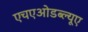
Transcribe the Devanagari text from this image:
एचएओडब्ल्यूए